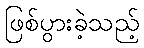
ဖြစ်ပွားခဲ့သည့်